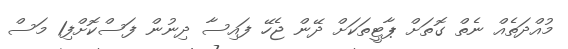
މުއްދަތެއް ނެތް ގޮތަށް ޕާޓީތަކަށް ދޭން ޖެހޭ ފައިސާ ދިނުން ފަސްކޮށްފި1 މަސް